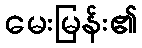
မေးမြန်း၏